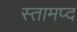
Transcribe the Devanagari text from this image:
स्तामप्द